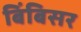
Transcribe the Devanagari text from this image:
बिंबिसर